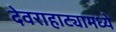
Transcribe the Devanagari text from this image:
देवराहाट्यामध्ये